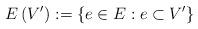
LaTeX: \begin{align*}E\left( V^{\prime}\right) :=\left\{ e\in E:e\subset V^{\prime}\right\}\end{align*}